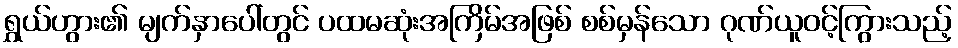
ရွှယ်ဟွား၏ မျက်နှာပေါ်တွင် ပထမဆုံးအကြိမ်အဖြစ် စစ်မှန်သော ဂုဏ်ယူဝင့်ကြွားသည့်